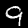
Digit: 9